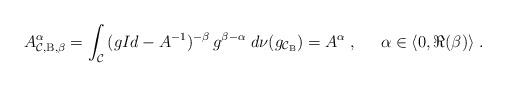
LaTeX: \begin{align*}A_{\mathcal{C},\mathrm{B},\beta}^{\alpha}=\int_{\mathcal{C}}\, (gId-A^{-1})^{-\beta}\,g^{\beta-\alpha}\;d\nu(g_{\mathcal{C}_{\mathrm{B}}})=A^\alpha\;,\;\;\;\;\;\alpha\in\langle0,\Re(\beta)\rangle\;.\end{align*}